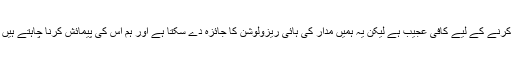
ڈاکٹر پارکو کہتی ہیں’یہ کرنے کے لیے کافی عجیب ہے لیکن یہ ہمیں مدار کی ہائی ریزولوشن کا جائزہ دے سکتا ہے اور ہم اس کی پیمائش کرنا چاہتے ہیں کہ یہ مدار کتنی بڑا ہے؟